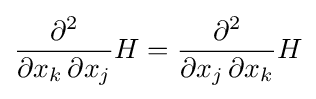
{\frac {\partial ^{2}}{\partial x_{k}\,\partial x_{j}}}H={\frac {\partial ^{2}}{\partial x_{j}\,\partial x_{k}}}H